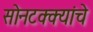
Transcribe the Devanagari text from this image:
सोनटक्क्यांचे